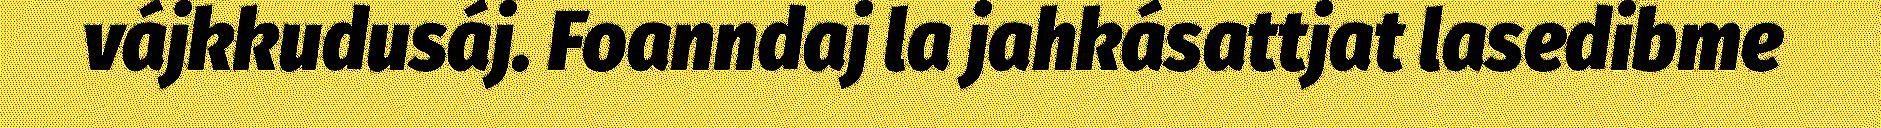
vájkkudusáj. Foanndaj la jahkásattjat lasedibme